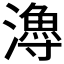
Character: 𤀯